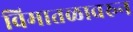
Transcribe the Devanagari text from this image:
विमातळावरुन